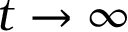
t \rightarrow \infty